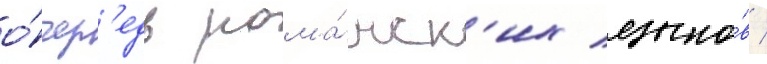
о́чер'едь рома́нск'их языко́в /